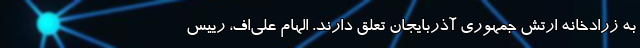
به زرادخانه ارتش جمهوری آذربایجان تعلق دارند. الهام علی‌اف، رییس‌